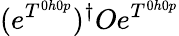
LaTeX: (e^{T^{0h0p}})^{\dagger}Oe^{T^{0h0p}}